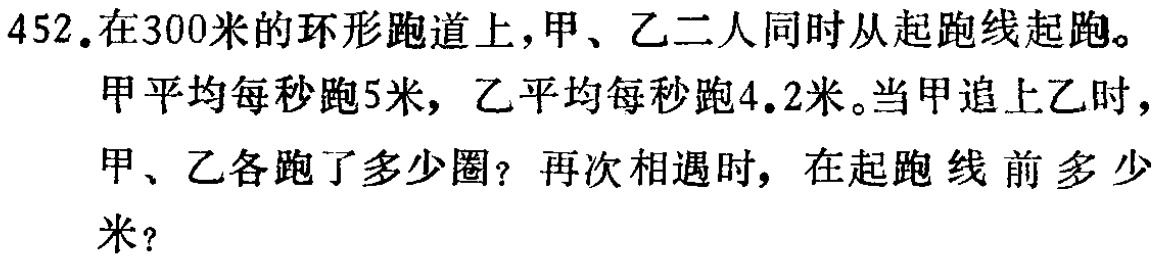
452.在300米的环形跑道上，甲、乙二人同时从起跑线起跑。

甲平均每秒跑5米，乙平均每秒跑4.2米。当甲追上乙时，

甲、乙各跑了多少圈？再次相遇时，在起跑线前多少

米？